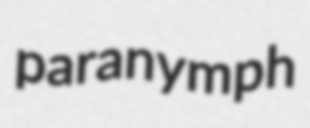
paranymph